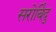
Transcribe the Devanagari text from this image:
सरोबिंदु